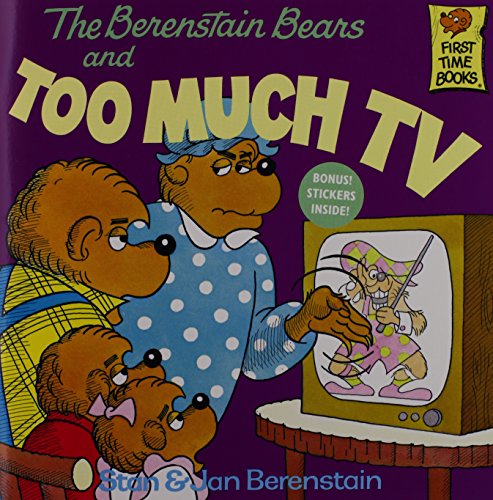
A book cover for The Berenstain Bears and Too Much TV; Stan Berenstain; Children's Books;